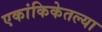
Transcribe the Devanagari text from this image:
एकांकिकेतल्या